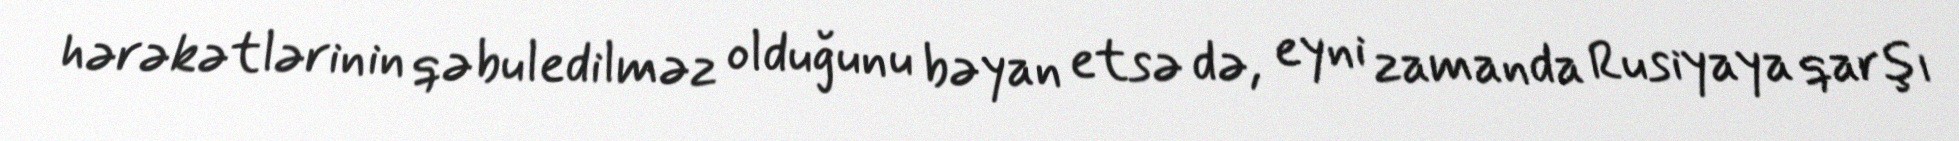
hərəkətlərinin qəbuledilməz olduğunu bəyan etsə də, eyni zamanda Rusiyaya qarşı